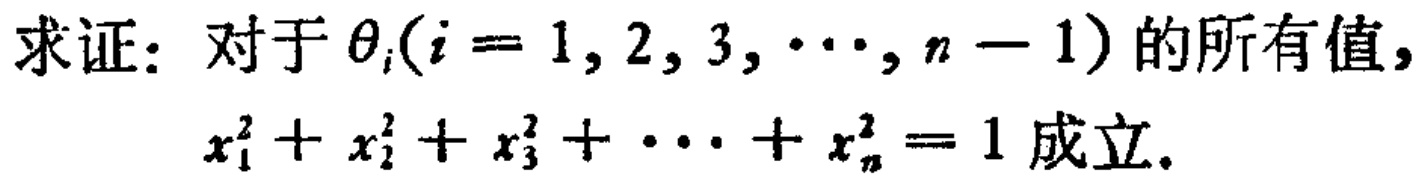
求证：对于\(\theta_{i}(i = 1,2,3,\cdots,n - 1)\)的所有值，

\(x_{1}^{2}+x_{2}^{2}+x_{3}^{2}+\cdots +x_{n}^{2}=1\)成立。